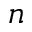
n